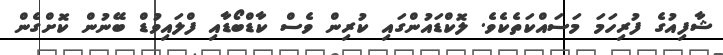
ޝާފިއުގެ ފުރިހަމަ މަސައްކަތެކެވެ. ލޮކްޑައުންގައި ކުރިން ވެސް ކާޑްބޯޑާއި ފްލައިވުޑް ބޭނުން ކޮށްގެން